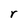
Character: r